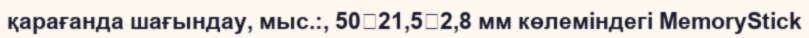
қарағанда шағындау, мыс.:, 5021,52,8 мм көлеміндегі MemoryStіck